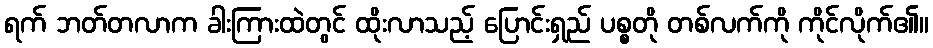
ရက် ဘတ်တလာက ခါးကြားထဲတွင် ထိုးလာသည့် ပြောင်းရှည် ပစ္စတို တစ်လက်ကို ကိုင်လိုက်၏။